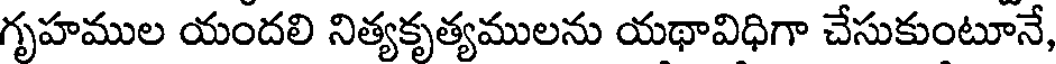
గృహముల యందలి నిత్యకృత్యములను యథావిధిగా చేసుకుంటూనే,